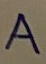
Text: A